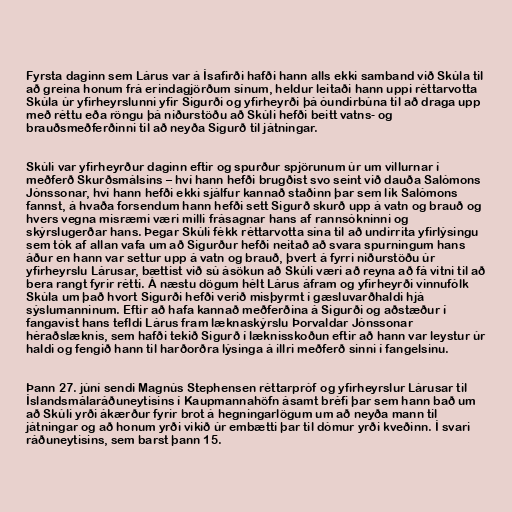
Fyrsta daginn sem Lárus var á Ísafirði hafði hann alls ekki samband við Skúla til
að greina honum frá erindagjörðum sínum, heldur leitaði hann uppi réttarvotta
Skúla úr yfirheyrslunni yfir Sigurði og yfirheyrði þá óundirbúna til að draga upp
með réttu eða röngu þá niðurstöðu að Skúli hefði beitt vatns- og
brauðsmeðferðinni til að neyða Sigurð til játningar.

Skúli var yfirheyrður daginn eftir og spurður spjörunum úr um villurnar í
meðferð Skurðsmálsins – hví hann hefði brugðist svo seint við dauða Salómons
Jónssonar, hví hann hefði ekki sjálfur kannað staðinn þar sem lík Salómons
fannst, á hvaða forsendum hann hefði sett Sigurð skurð upp á vatn og brauð og
hvers vegna misræmi væri milli frásagnar hans af rannsókninni og
skýrslugerðar hans. Þegar Skúli fékk réttarvotta sína til að undirrita yfirlýsingu
sem tók af allan vafa um að Sigurður hefði neitað að svara spurningum hans
áður en hann var settur upp á vatn og brauð, þvert á fyrri niðurstöðu úr
yfirheyrslu Lárusar, bættist við sú ásökun að Skúli væri að reyna að fá vitni til að
bera rangt fyrir rétti. Á næstu dögum hélt Lárus áfram og yfirheyrði vinnufólk
Skúla um það hvort Sigurði hefði verið misþyrmt í gæsluvarðhaldi hjá
sýslumanninum. Eftir að hafa kannað meðferðina á Sigurði og aðstæður í
fangavist hans tefldi Lárus fram læknaskýrslu Þorvaldar Jónssonar
héraðslæknis, sem hafði tekið Sigurð í læknisskoðun eftir að hann var leystur úr
haldi og fengið hann til harðorðra lýsinga á illri meðferð sinni í fangelsinu.

Þann 27. júní sendi Magnús Stephensen réttarpróf og yfirheyrslur Lárusar til
Íslandsmálaráðuneytisins í Kaupmannahöfn ásamt bréfi þar sem hann bað um
að Skúli yrði ákærður fyrir brot á hegningarlögum um að neyða mann til
játningar og að honum yrði vikið úr embætti þar til dómur yrði kveðinn. Í svari
ráðuneytisins, sem barst þann 15.